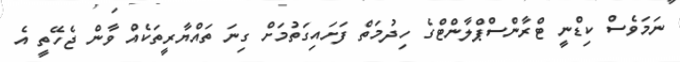
ނަމަވެސް ކިޑްނީ ޓްރާންސްޕްލާންޓްގެ ހިދުމަތް ފަށައިގަތުމަށް ގިނަ ތައްޔާރީތަކެއް ވާން ޖެހޭތީ އެ